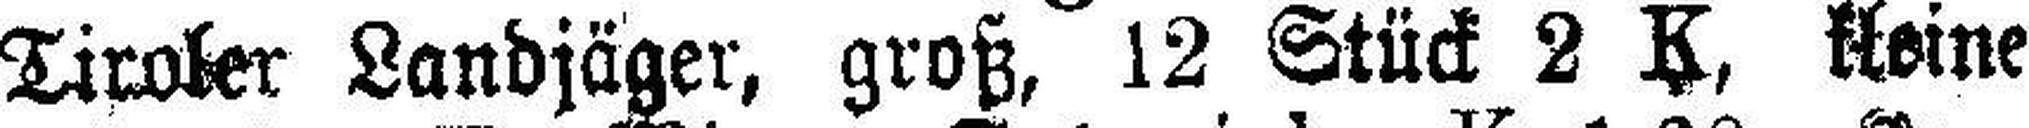
Tiroler Landjäger, groß, 12 Stück 2 K, kleine